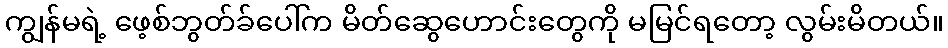
ကျွန်မရဲ့ ဖေ့စ်ဘွတ်ခ်ပေါ်က မိတ်ဆွေဟောင်းတွေကို မမြင်ရတော့ လွမ်းမိတယ်။